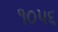
૧૦૫૬